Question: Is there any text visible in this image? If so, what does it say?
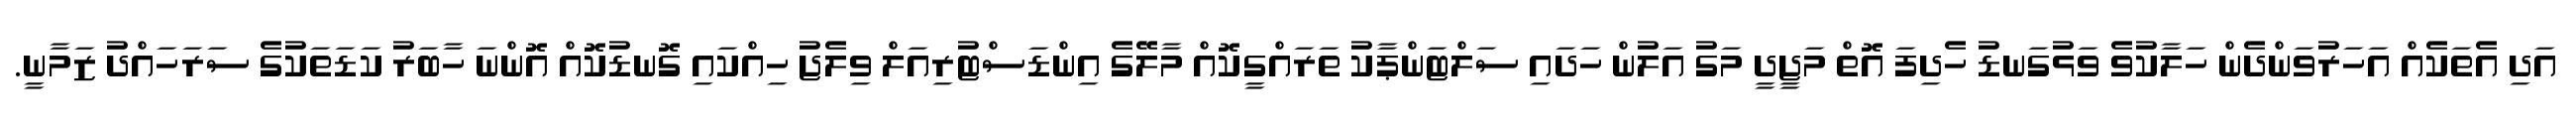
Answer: އަދި އެތަކެއް އަހަރުވަންދެން ހަލާކުވެ ވަޅުގަނޑު ހެދިފަ އޮތް މަޖީދީ މަގު އަލުން ހަދައި ސަލްޓަންޕާކު ތަރައްގީކޮއް މާލޭގެ އިންޑަސްޓުރިއަލް ވިލެޖު ހިއްކައި ގޮނޑުކޮއް އޮންނަ ހާބަރު ކަޑަތަކުގެ ސަރަހައްދު ޒަމާނީ.